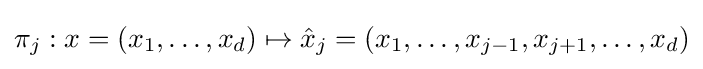
\pi _{j}:x=(x_{1},\dots ,x_{d})\mapsto {\hat {x}}_{j}=(x_{1},\dots ,x_{j-1},x_{j+1},\dots ,x_{d})